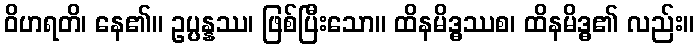
ဝိဟရတိ၊ နေ၏။ ဥပ္ပန္နဿ၊ ဖြစ်ပြီးသော။ ထိနမိဒ္ဓဿစ၊ ထိနမိဒ္ဓ၏ လည်း။